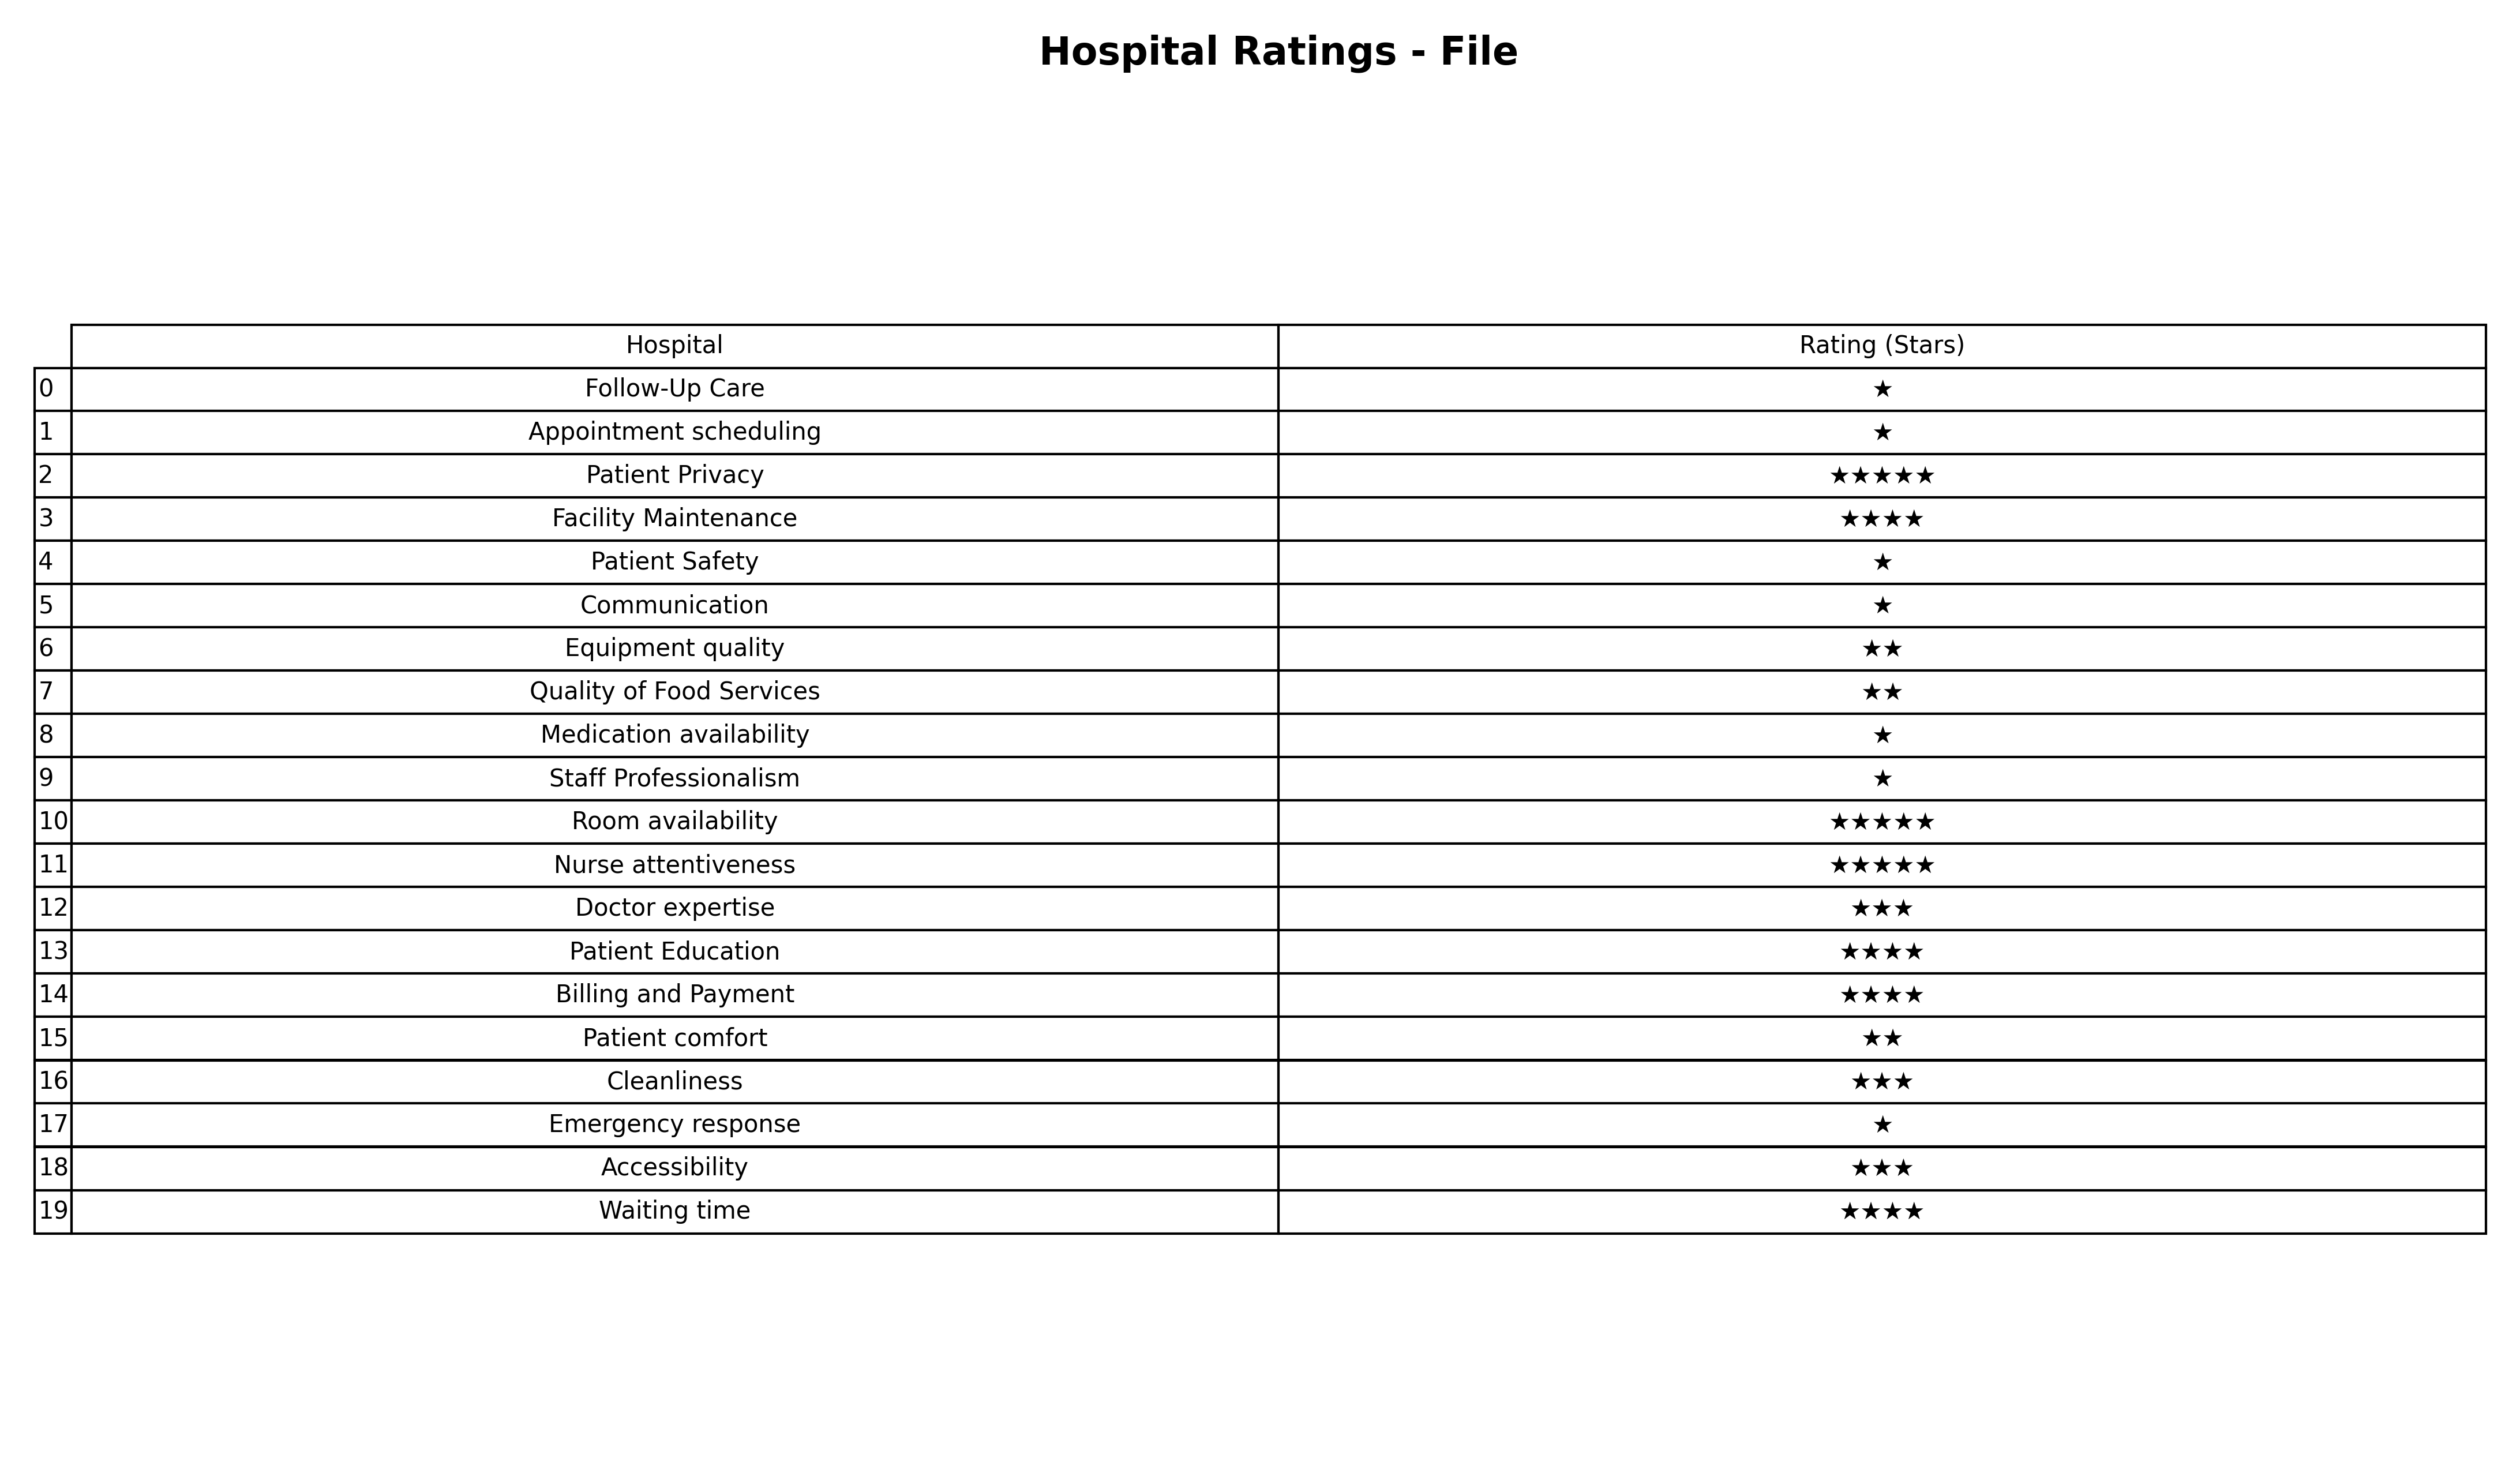
question: What is the rating of Accessibility?
answer: ★★★